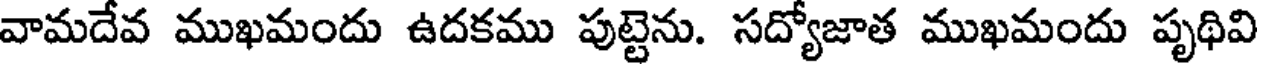
వామదేవ ముఖమందు ఉదకము పుట్టెను. సద్యోజాత ముఖమందు పృథివి